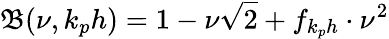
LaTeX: \mathfrak{B}(\nu,k_{p}h)=1-\nu\sqrt{2}+f_{k_{p}h}\cdot\nu^{2}